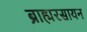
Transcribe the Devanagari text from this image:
ब्राह्मरसायन